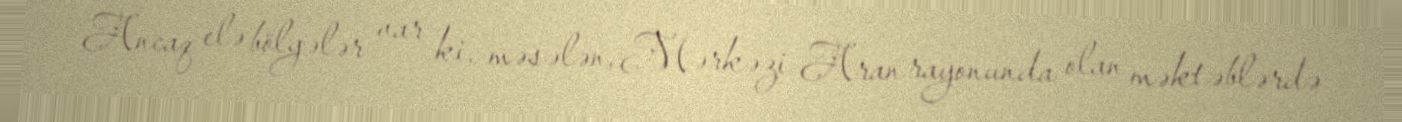
Ancaq elə bölgələr var ki, məsələn, Mərkəzi Aran rayonunda olan məktəblərdə